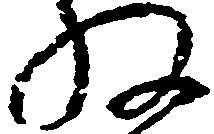
ね